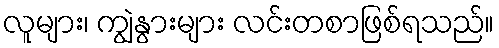
လူများ၊ ကျွဲနွားများ လင်းတစာဖြစ်ရသည်။